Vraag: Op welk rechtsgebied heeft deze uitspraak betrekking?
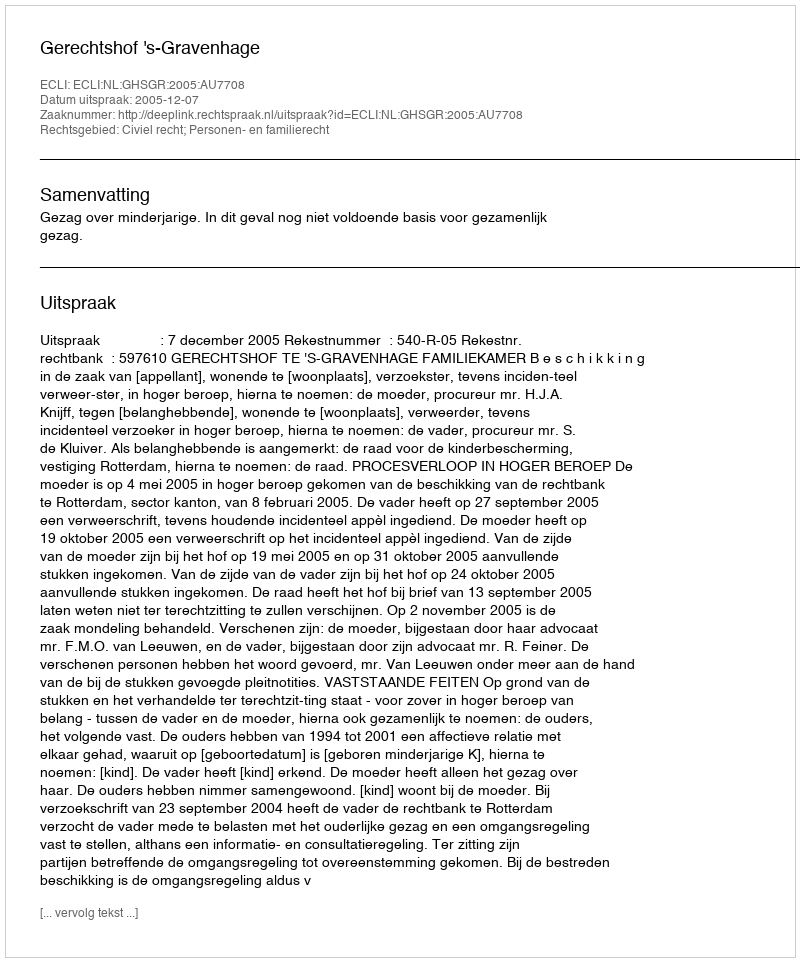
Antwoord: Civiel recht; Personen- en familierecht